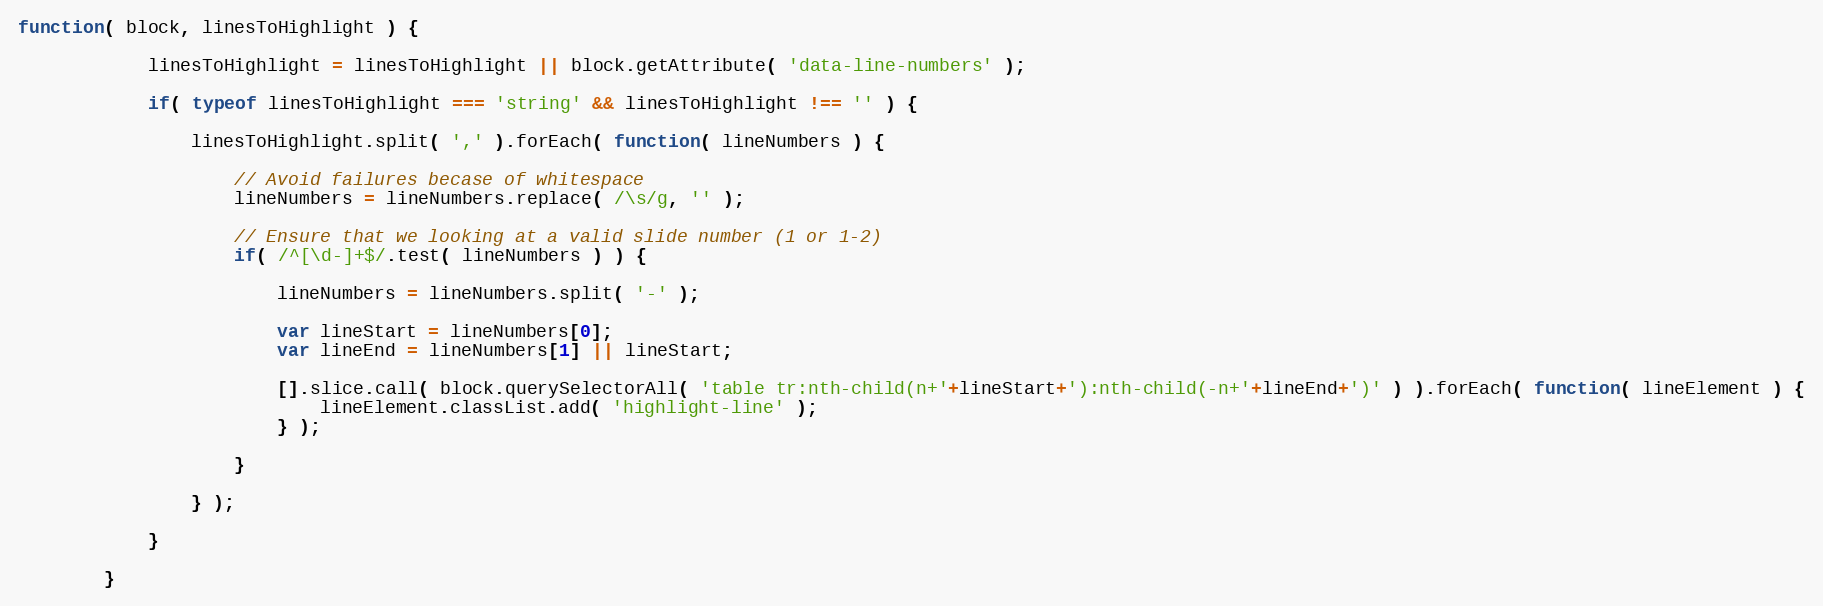
Language: JavaScript
function( block, linesToHighlight ) {

			linesToHighlight = linesToHighlight || block.getAttribute( 'data-line-numbers' );

			if( typeof linesToHighlight === 'string' && linesToHighlight !== '' ) {

				linesToHighlight.split( ',' ).forEach( function( lineNumbers ) {

					// Avoid failures becase of whitespace
					lineNumbers = lineNumbers.replace( /\s/g, '' );

					// Ensure that we looking at a valid slide number (1 or 1-2)
					if( /^[\d-]+$/.test( lineNumbers ) ) {

						lineNumbers = lineNumbers.split( '-' );

						var lineStart = lineNumbers[0];
						var lineEnd = lineNumbers[1] || lineStart;

						[].slice.call( block.querySelectorAll( 'table tr:nth-child(n+'+lineStart+'):nth-child(-n+'+lineEnd+')' ) ).forEach( function( lineElement ) {
							lineElement.classList.add( 'highlight-line' );
						} );

					}

				} );

			}

		}